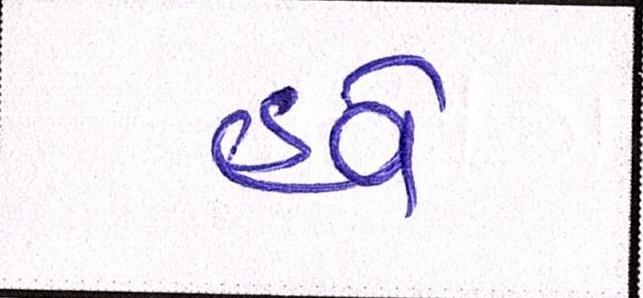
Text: હવે